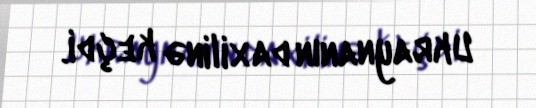
Ukraynanın daxilinə keçdi.